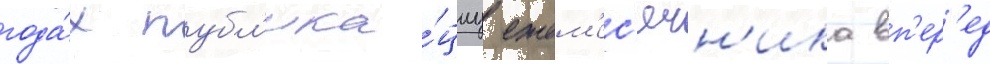
года́х публ'ика́циу ежем'ес'ячн'ика вп'ер'ед